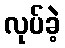
လုပ်ခဲ့